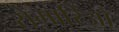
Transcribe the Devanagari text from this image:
रोमारिओ